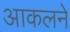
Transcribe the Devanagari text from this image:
आकलने